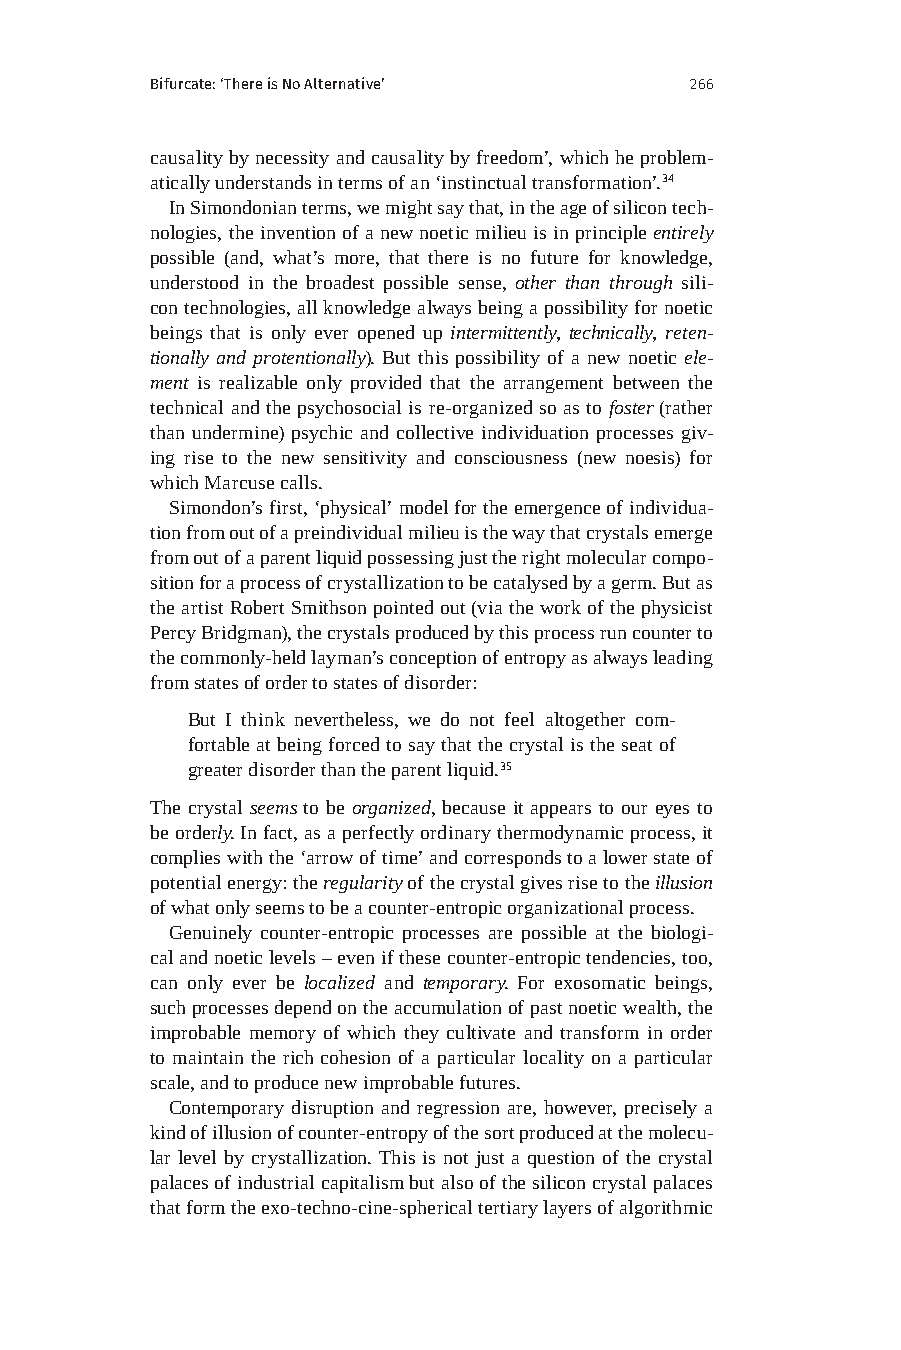
Bifurcate: ‘There is No Alternative’ 266
 causality by necessity and causality by freedom’, which he problem-
 atically understands in terms of an ‘instinctual transformation’.34
 In Simondonian terms, we might say that, in the age of silicon tech-
 nologies, the invention of a new noetic milieu is in principle entirely
 possible (and, what’s more, that there is no future for knowledge,
 understood in the broadest possible sense, other than through sili-
 con technologies, all knowledge always being a possibility for noetic
 beings that is only ever opened up intermittently, technically, reten-
 tionally and protentionally). But this possibility of a new noetic ele-
 ment is realizable only provided that the arrangement between the
 technical and the psychosocial is re-organized so as to foster (rather
 than undermine) psychic and collective individuation processes giv-
 ing rise to the new sensitivity and consciousness (new noesis) for
 which Marcuse calls.
 Simondon’s first, ‘physical’ model for the emergence of individua-
 tion from out of a preindividual milieu is the way that crystals emerge
 from out of a parent liquid possessing just the right molecular compo-
 sition for a process of crystallization to be catalysed by a germ. But as
 the artist Robert Smithson pointed out (via the work of the physicist
 Percy Bridgman), the crystals produced by this process run counter to
 the commonly-held layman’s conception of entropy as always leading
 from states of order to states of disorder:
 But I think nevertheless, we do not feel altogether com-
 fortable at being forced to say that the crystal is the seat of
 greater disorder than the parent liquid.35
 The crystal seems to be organized, because it appears to our eyes to
 be orderly. In fact, as a perfectly ordinary thermodynamic process, it
 complies with the ‘arrow of time’ and corresponds to a lower state of
 potential energy: the regularity of the crystal gives rise to the illusion
 of what only seems to be a counter-entropic organizational process.
 Genuinely counter-entropic processes are possible at the biologi-
 cal and noetic levels – even if these counter-entropic tendencies, too,
 can only ever be localized and temporary. For exosomatic beings,
 such processes depend on the accumulation of past noetic wealth, the
 improbable memory of which they cultivate and transform in order
 to maintain the rich cohesion of a particular locality on a particular
 scale, and to produce new improbable futures.
 Contemporary disruption and regression are, however, precisely a
 kind of illusion of counter-entropy of the sort produced at the molecu-
 lar level by crystallization. This is not just a question of the crystal
 palaces of industrial capitalism but also of the silicon crystal palaces
 that form the exo-techno-cine-spherical tertiary layers of algorithmic